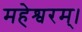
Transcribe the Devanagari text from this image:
महेश्वरम्।